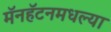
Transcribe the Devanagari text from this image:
मॅनहॅटनमधल्या